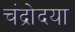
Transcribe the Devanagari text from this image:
चंद्रोदया